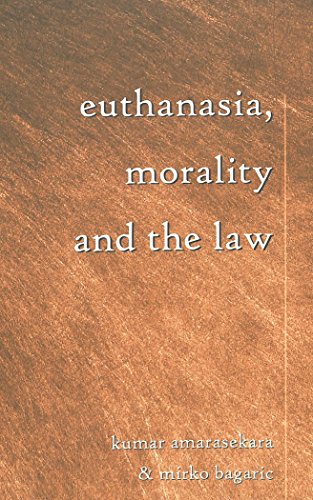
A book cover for Euthanasia, Morality and the Law (Teaching Texts in Law and Politics, V. 19.); Kumar Amarasekara; Law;